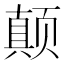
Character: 颠